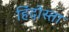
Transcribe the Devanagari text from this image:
हिंदोस्ता